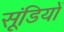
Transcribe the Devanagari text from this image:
सूंडियों